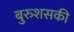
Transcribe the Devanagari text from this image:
बुरुशसकी